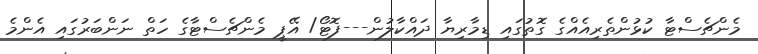
މެންޗެސްޓާ ކުޅުންތެރިއެއްގެ ގޮތުގައި ޑިމާރިޔާ ދައްކާލުން---ފޮޓޯ/ އޭޕީ މެންޗެސްޓާގެ ހަތް ނަންބަރުގައި އެންމެ